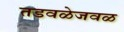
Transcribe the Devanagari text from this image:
तडवळेजवळ